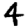
Digit: 4